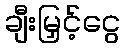
ချီးမြှင့်ငွေ